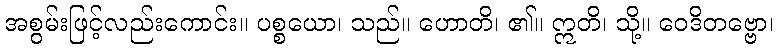
အစွမ်းဖြင့်လည်းကောင်း။ ပစ္စယော၊ သည်။ ဟောတိ၊ ၏။ ဣတိ၊ သို့။ ဝေဒိတဗ္ဗော၊